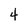
Character: 4